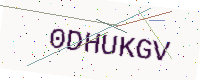
Text: 0DHUKGV